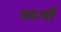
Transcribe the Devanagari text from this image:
वरूणी